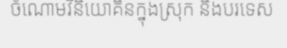
ចំណោមវិនិយោគិនក្នុងស្រុក និងបរទេស